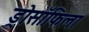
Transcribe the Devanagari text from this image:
ड्रोसॉफिला